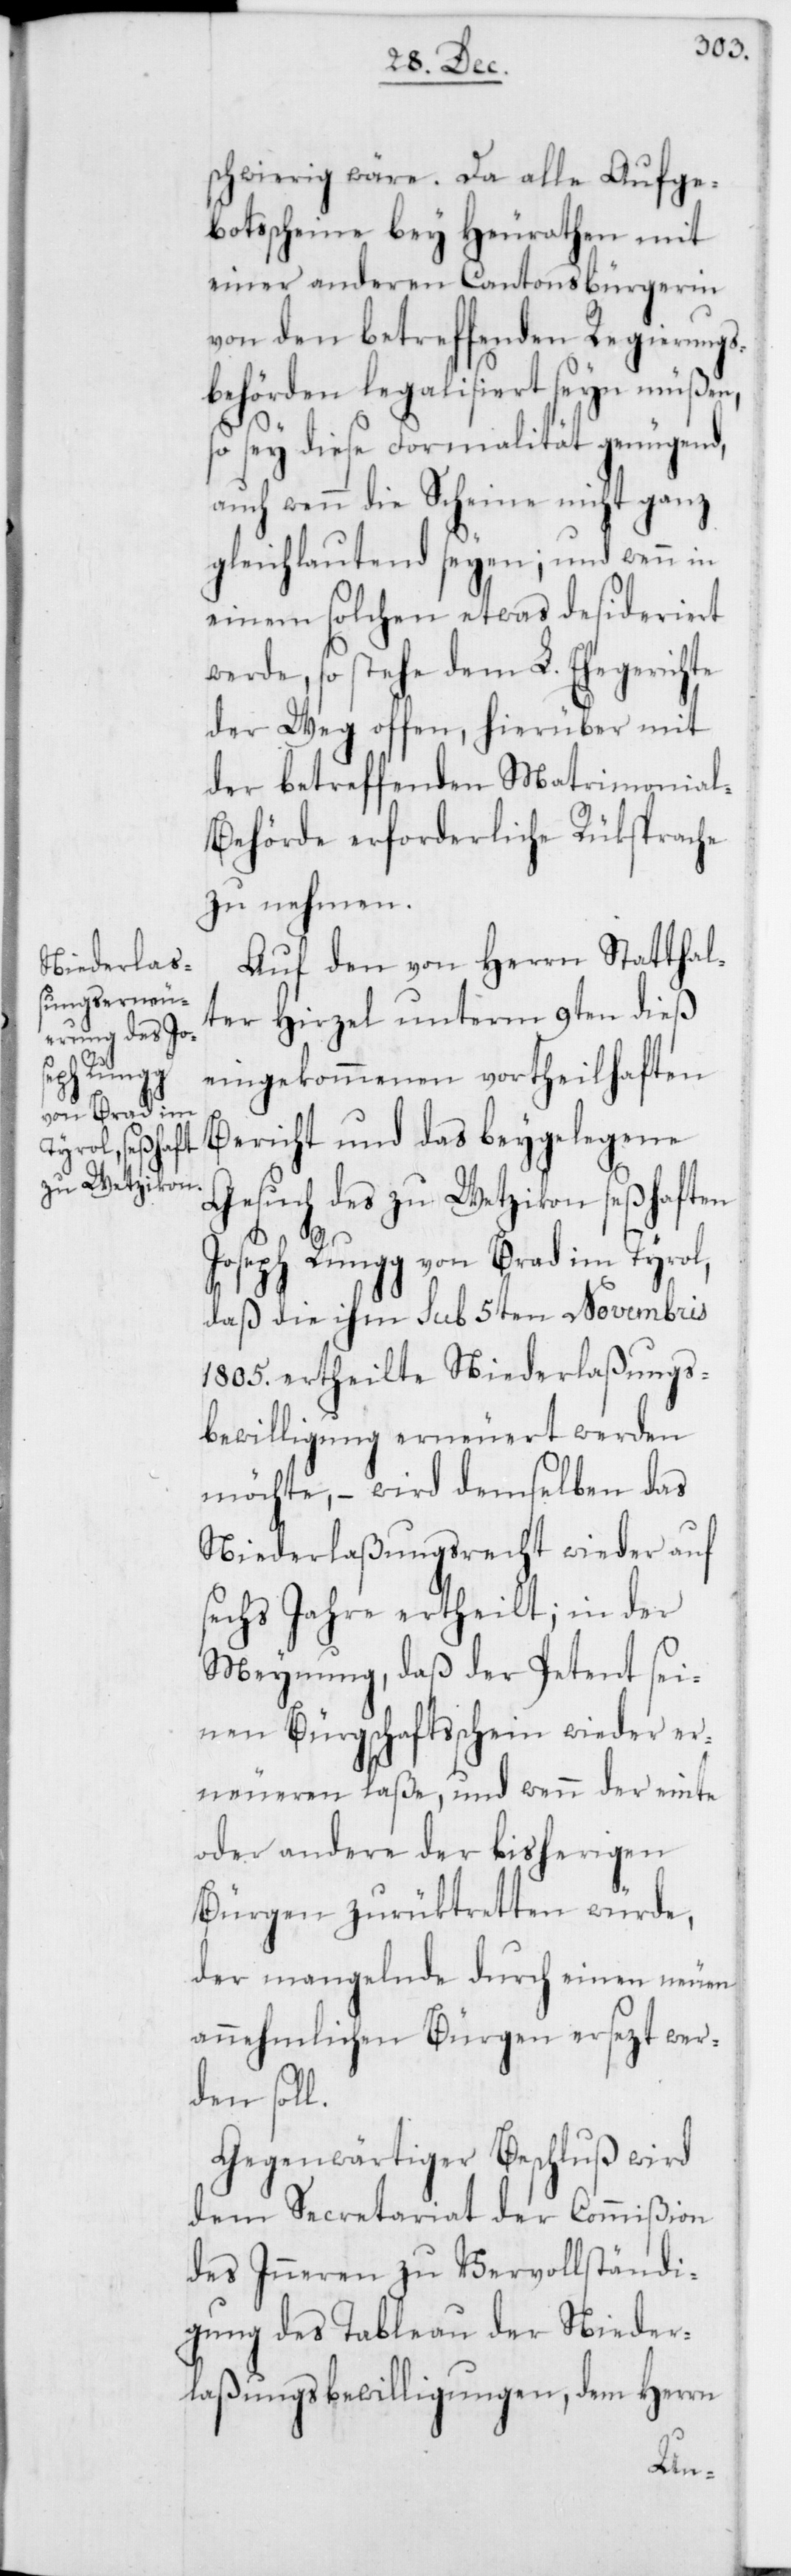
schwierig wäre. Da alle Aufge¬
botsscheine bey Heurathen mit
einer anderen Cantonsbürgerin
von den betreffenden Regierungs¬
behörden legalisiert seyn müßen,
so sey diese Formalität genügend,
auch wenn die Scheine nicht ganz
gleichlautend seyen; und wenn in
einem solchen etwas desideriert
werde, so stehe dem L. Ehegerichte
der Weg offen, hierüber mit
der betreffenden Matrimonia¬
l-Behörde erforderliche Rüksprache
zu nehmen.
Auf den von Herrn Statthal¬
ter Hirzel unterm 9ten dieß
eingekommenen vortheilhaften
Bericht und das beygelegene
Gesuch des zu Wetzikon seßhaften
Joseph Rungg von Brad im Tyrol,
daß die ihm sub 5ten Novembris
1805. ertheilte Niederlaßungs¬
bewilligung erneueret werden
möchte, – wird demselben das
Niederlaßungsrecht wieder auf
sechs Jahre ertheilt; in der
Meynung, daß der Petent sei¬
nen Bürgschaftsschein wieder er¬
neueren laße, und wenn der einte
oder andere der bisherigen
Bürgen zurüktretten würde,
der mangelnde durch einen neuen
annehmlichen Bürgen ersezt wer¬
den soll.
Gegenwärtiger Beschluß wird
dem Secretariat der Commißion
des Inneren zu Vervollständi¬
gung des Tableau der Nieder¬
laßungsbewilligungen, dem Herrn